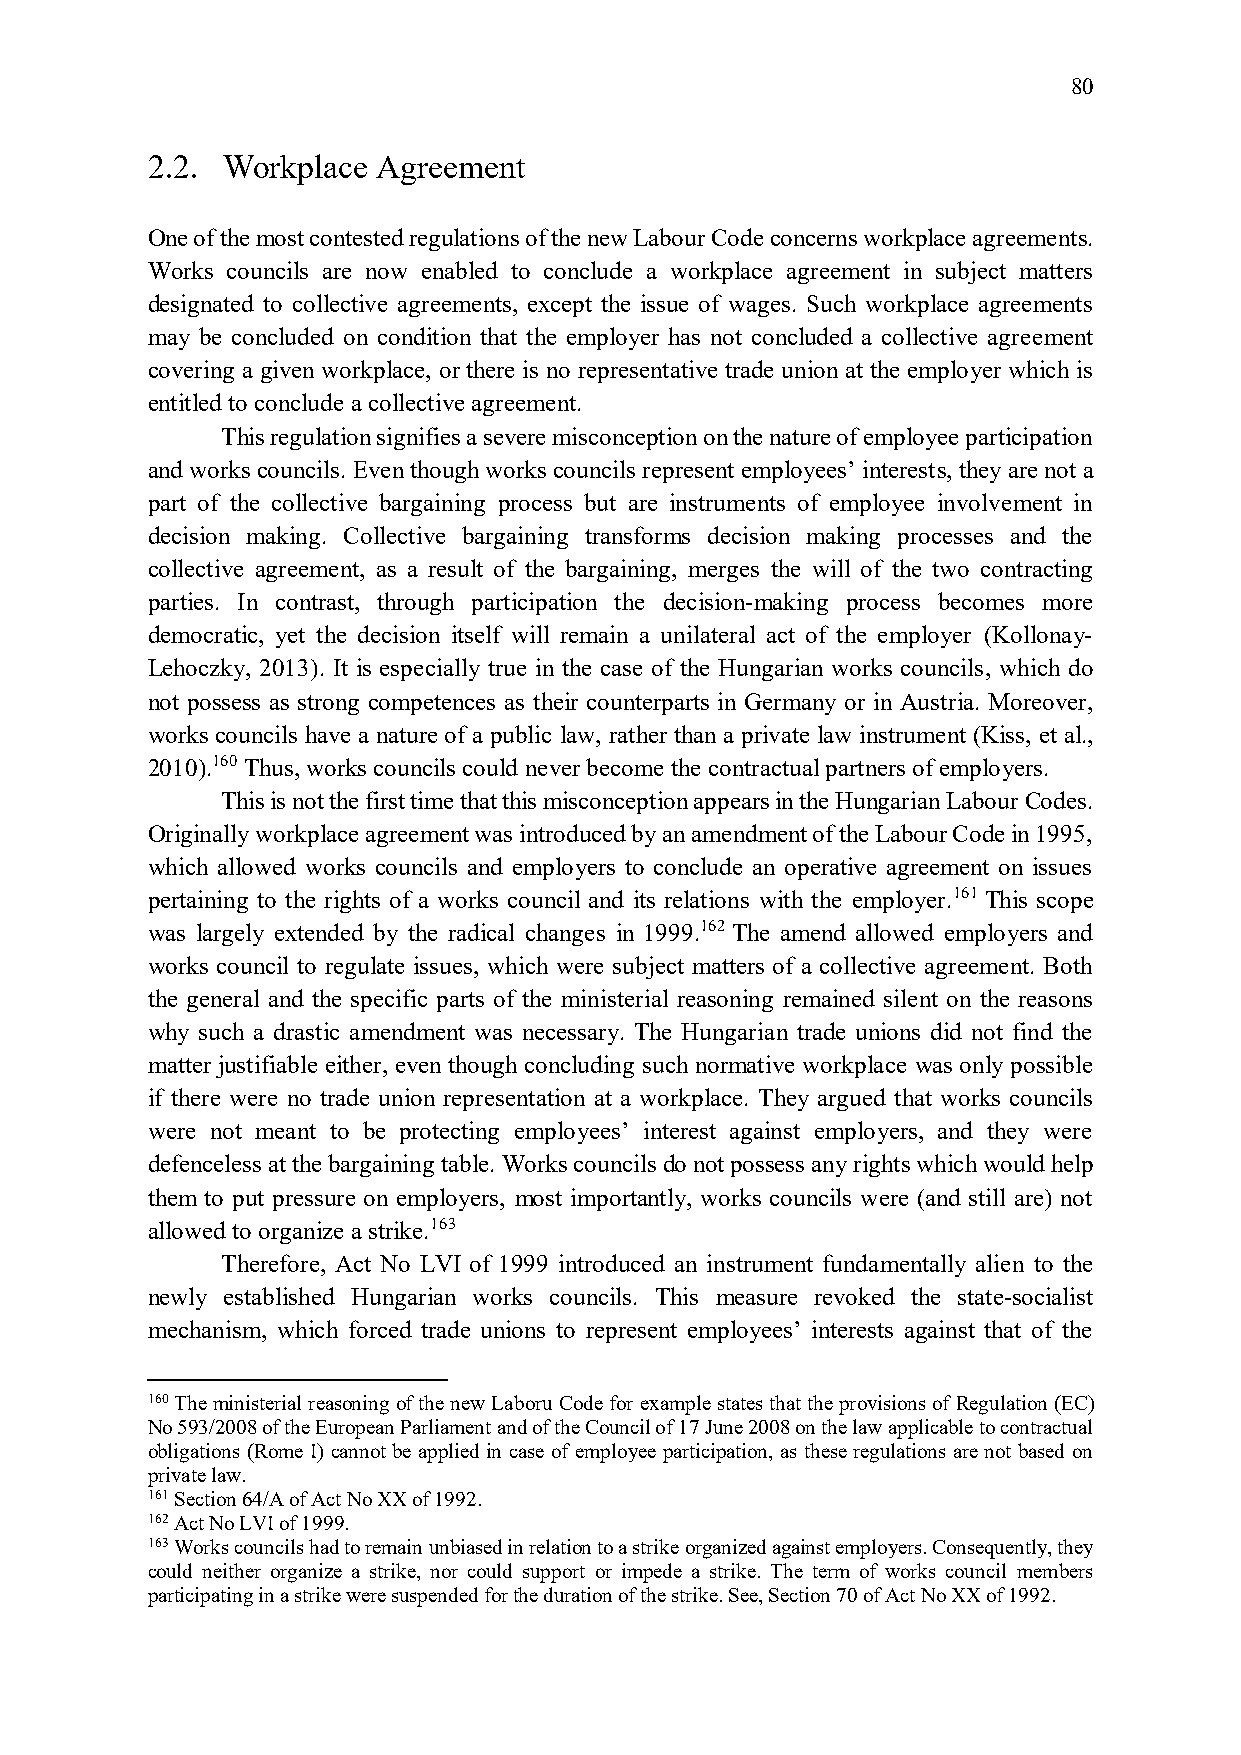
80
 2.2. Workplace Agreement
 One of the most contested regulations of the new Labour Code concerns workplace agreements.
 Works councils are now enabled to conclude a workplace agreement in subject matters
 designated to collective agreements, except the issue of wages. Such workplace agreements
 may be concluded on condition that the employer has not concluded a collective agreement
 covering a given workplace, or there is no representative trade union at the employer which is
 entitled to conclude a collective agreement.
 This regulation signifies a severe misconception on the nature of employee participation
 and works councils. Even though works councils represent employees’ interests, they are not a
 part of the collective bargaining process but are instruments of employee involvement in
 decision making. Collective bargaining transforms decision making processes and the
 collective agreement, as a result of the bargaining, merges the will of the two contracting
 parties. In contrast, through participation the decision-making process becomes more
 democratic, yet the decision itself will remain a unilateral act of the employer (Kollonay-
 Lehoczky, 2013). It is especially true in the case of the Hungarian works councils, which do
 not possess as strong competences as their counterparts in Germany or in Austria. Moreover,
 works councils have a nature of a public law, rather than a private law instrument (Kiss, et al.,
 2010).160 Thus, works councils could never become the contractual partners of employers.
 This is not the first time that this misconception appears in the Hungarian Labour Codes.
 Originally workplace agreement was introduced by an amendment of the Labour Code in 1995,
 which allowed works councils and employers to conclude an operative agreement on issues
 pertaining to the rights of a works council and its relations with the employer.161 This scope
 was largely extended by the radical changes in 1999.162 The amend allowed employers and
 works council to regulate issues, which were subject matters of a collective agreement. Both
 the general and the specific parts of the ministerial reasoning remained silent on the reasons
 why such a drastic amendment was necessary. The Hungarian trade unions did not find the
 matter justifiable either, even though concluding such normative workplace was only possible
 if there were no trade union representation at a workplace. They argued that works councils
 were not meant to be protecting employees’ interest against employers, and they were
 defenceless at the bargaining table. Works councils do not possess any rights which would help
 them to put pressure on employers, most importantly, works councils were (and still are) not
 allowed to organize a strike.163
 Therefore, Act No LVI of 1999 introduced an instrument fundamentally alien to the
 newly established Hungarian works councils. This measure revoked the state-socialist
 mechanism, which forced trade unions to represent employees’ interests against that of the
 160 The ministerial reasoning of the new Laboru Code for example states that the provisions of Regulation (EC)
 No 593/2008 of the European Parliament and of the Council of 17 June 2008 on the law applicable to contractual
 obligations (Rome I) cannot be applied in case of employee participation, as these regulations are not based on
 private law.
 161 Section 64/A of Act No XX of 1992.
 162 Act No LVI of 1999.
 163 Works councils had to remain unbiased in relation to a strike organized against employers. Consequently, they
 could neither organize a strike, nor could support or impede a strike. The term of works council members
 participating in a strike were suspended for the duration of the strike. See, Section 70 of Act No XX of 1992.